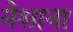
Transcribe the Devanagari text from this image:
नेशाना